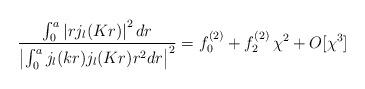
LaTeX: \begin{align*}\frac{\int_{0}^{a} \left|r j_{l}(Kr) \right|^{2} dr}{\left| \int_{0}^{a} j_{l}(kr) j_{l}(Kr) r^2 dr \right|^2} = f_{0}^{(2)}+f_{2}^{(2)} \, \chi^2+O[\chi^3]\end{align*}